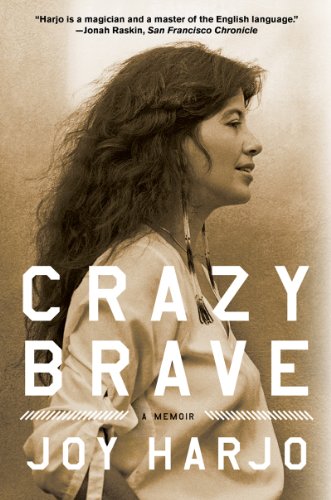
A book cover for Crazy Brave: A Memoir; Joy Harjo; Biographies & Memoirs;